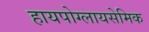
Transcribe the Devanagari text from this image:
हायपोग्लायसेमिक